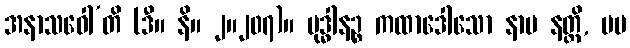
အနာသဝေါ’တိ (ဒီ။ နိ။ ၂။၂၀၇)။ ဗုဒ္ဓါနဉ္စ ကထာဒေါသော နာမ နတ္ထိ, မမ